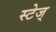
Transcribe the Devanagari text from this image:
स्टेज्